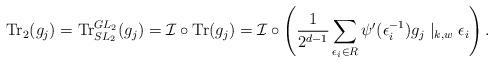
LaTeX: \begin{align*}\mathrm{Tr}_2(g_j)=\mathrm{Tr}^{GL_2}_{SL_2}(g_j) =\mathcal{I}\circ\mathrm{Tr}(g_j) =\mathcal{I}\circ\left(\dfrac{1}{2^{d-1}}\sum_{\epsilon_i\in R}\psi'(\epsilon_i^{-1})g_j\mid_{k,w}\epsilon_i\right).\end{align*}